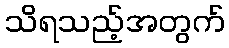
သိရသည့်အတွက်